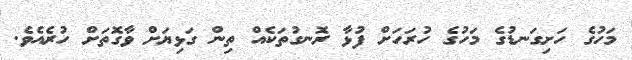
މަހުގެ ހަށިގަނޑުގެ މަހުގެ ހުރަހަށް ފުޅާ ރޮނގުތަކެއް ތިން ގަޅިޔަށް ވާގޮތަށް ހުރެއެވެ.